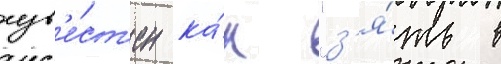
изв'е́ст'ен ка́к "з'я́ть в